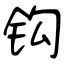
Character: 钩